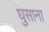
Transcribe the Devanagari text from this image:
घुसाना